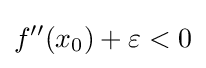
f''(x_{0})+\varepsilon <0